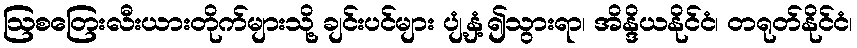
ဩစတြေးလီးယားတိုက်များသို့ ချင်းပင်များ ပျံ့နှံ့၍သွားရာ၊ အိန္ဒိယနိုင်ငံ၊ တရုတ်နိုင်ငံ၊